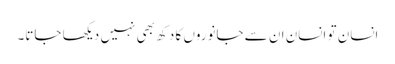
انسان تو انسان ان سے جانوروں کا دکھ بھی نہیں دیکھا جاتا۔